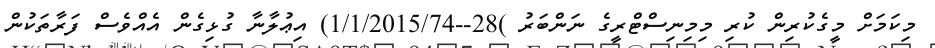
މިކަމަށް މީގެކުރިން ކުރި މިމިނިސްޓްރީގެ ނަންބަރު )28--1/1/2015/74) އިޢުލާނާ ގުޅިގެން އެއްވެސް ފަރާތަކުން